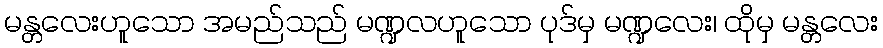
မန္တလေးဟူသော အမည်သည် မဏ္ဍလဟူသော ပုဒ်မှ မဏ္ဍလေး၊ ထိုမှ မန္တလေး